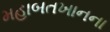
મહાબતખાનના